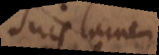
suis tamen